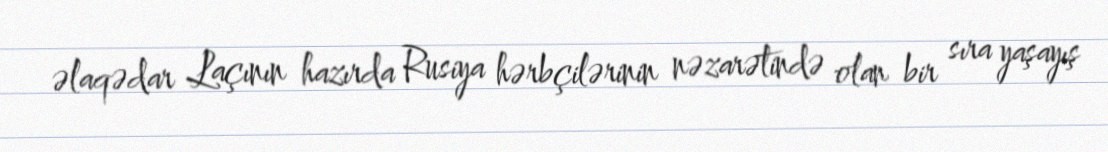
əlaqədar Laçının hazırda Rusiya hərbçilərinin nəzarətində olan bir sıra yaşayış